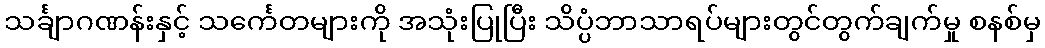
သင်္ချာဂဏန်းနှင့် သင်္ကေတများကို အသုံးပြုပြီး သိပ္ပံဘာသာရပ်များတွင်တွက်ချက်မှု စနစ်မှ